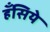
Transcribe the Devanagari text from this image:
हँसिये